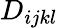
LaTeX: D_{ijkl}